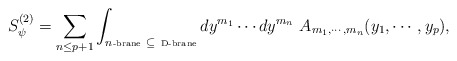
\begin{align*}S^{(2)}_{\psi} = \sum_{ n \leq p+1 } \int_{n\mbox{\tiny-brane} ~\subseteq ~\mbox{\tiny D-brane}} dy^{m_{1}} \cdots dy^{m_{n}}~A_{m_{1}, \cdots, m_{n}} (y_{1}, \cdots, y_{p}),\end{align*}